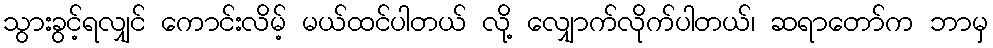
သွားခွင့်ရလျှင် ကောင်းလိမ့် မယ်ထင်ပါတယ် လို့ လျှောက်လိုက်ပါတယ်၊ ဆရာတော်က ဘာမှ